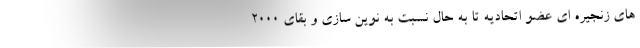
های زنجیره ای عضو اتحادیه تا به حال نسبت به نوین سازی و بقای 2000